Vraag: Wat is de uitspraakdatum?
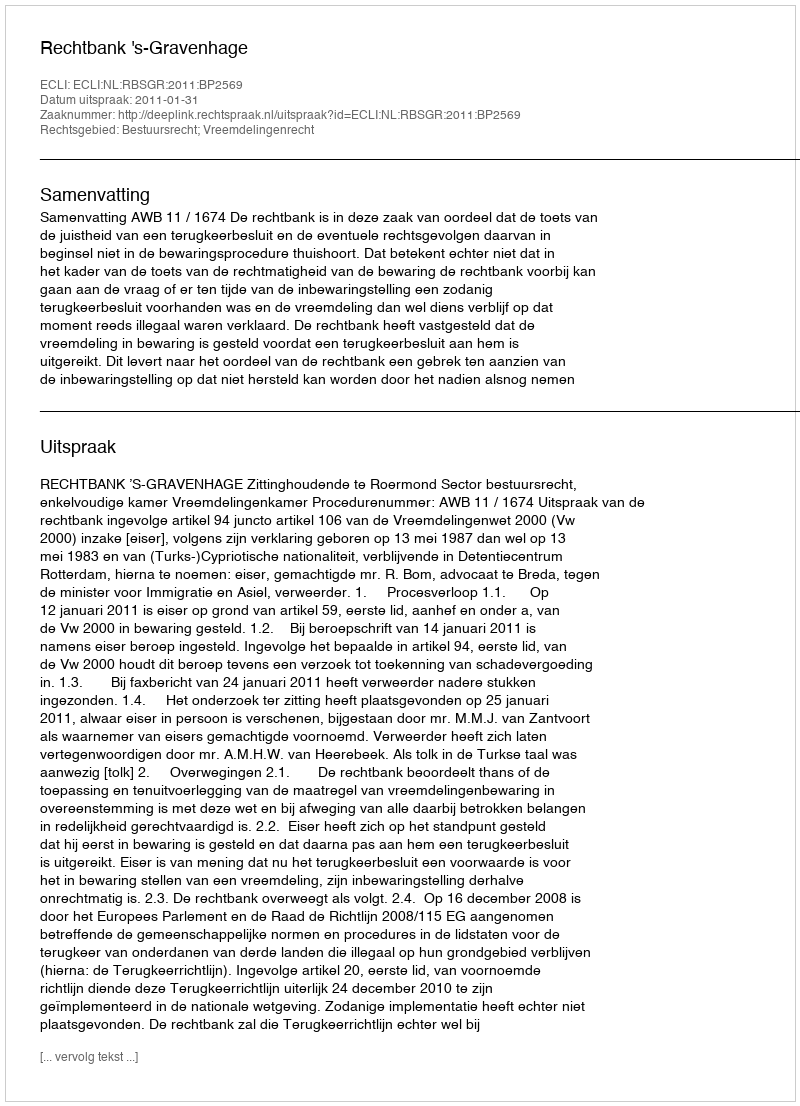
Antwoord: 2011-01-31